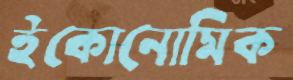
ইকোনোমিক